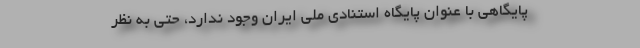
پایگاهی با عنوان پایگاه استنادی ملی ایران وجود ندارد، حتی به نظر